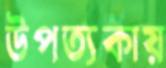
উপত্যকায়